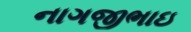
નાગજીભાઇ